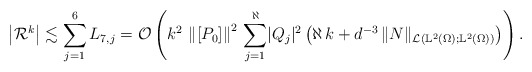
\begin{align*}\left\vert \mathcal{R}^k \right\vert \lesssim \sum_{j=1}^{6} L_{7,j} = \mathcal{O}\left(k^{2} \, \left\lVert[P_0]\right\rVert^2 \, \sum_{j = 1}^\aleph \lvert Q_j \rvert^2 \left( \aleph \, k + d^{-3} \, \lVert N\rVert_{\mathcal{L}(\mathbb{L}^2(\Omega); \mathbb{L}^2(\Omega))} \right) \right).\end{align*}